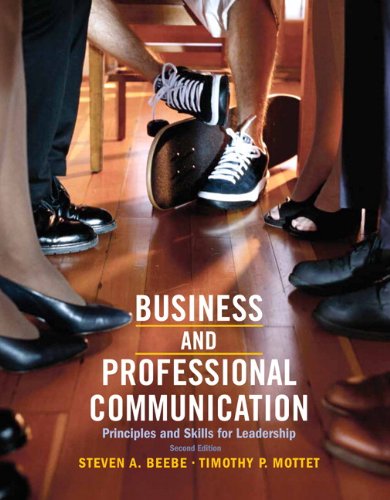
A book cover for Business & Professional Communication: Principles and Skills for Leadership (2nd Edition); Steven A. Beebe; Humor & Entertainment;